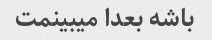
باشه بعدا میبینمت